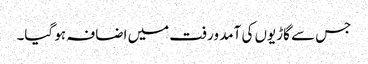
جس سے گاڑیوں کی آمد ورفت میں اضافہ ہو گیا۔